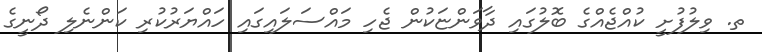
ތ. ވިލުފުށީ ކުއްޖެއްގެ ބޮލުގައި ދާވަންޏަކުން ޖެހި މައްސަލައިގައި ހައްޔަރުކުރި ކަންނެލި ދޯނީގެ